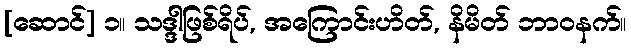
[ဆောင်] ၁။ သဒ္ဒါဖြစ်ရိပ်, အကြောင်းဟိတ်, နိမိတ် ဘာဝနက်။